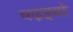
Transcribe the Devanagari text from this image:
चढ़इबो